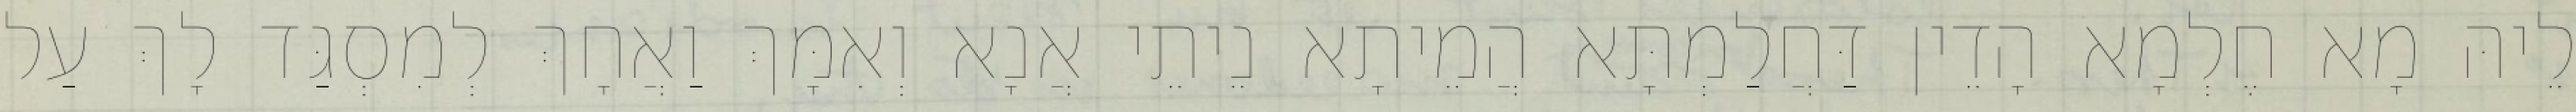
לֵיהּ מָא חֶלְמָא הָדֵין דַּחֲלַמְתָּא הֲמֵיתָא נֵיתֵי אֲנָא וְאִמָּךְ וַאֲחָךְ לְמִסְגַּד לָךְ עַל